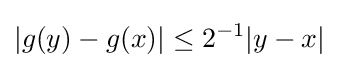
|g(y)-g(x)|\leq 2^{-1}|y-x|